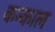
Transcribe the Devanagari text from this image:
कन्काल